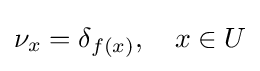
\nu _{x}=\delta _{f(x)},\quad x\in U